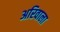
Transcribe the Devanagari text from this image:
अरिवाला